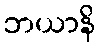
ဘယာနိ